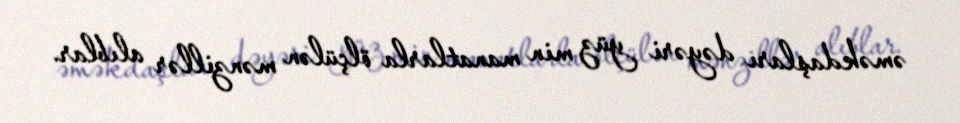
əməkdaşları dəyəri yüz min manatlarla ölçülən mənzillər alıblar.